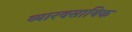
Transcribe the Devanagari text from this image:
व्यारवसायिक